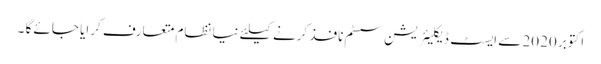
اکتوبر 2020 سے ایسٹ ڈیکلیئریشن سسٹم نافذ کرنے کیلئے نیا نظام متعارف کرایا جائے گا ۔